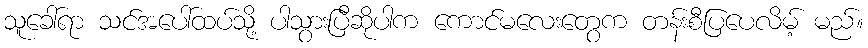
သူခေါ်ရာ သင်အပေါ်ထပ်သို့ ပါသွားပြီဆိုပါက ကောင်မလေးတွေက တန်းစီပြပေလိမ့် မည်။